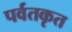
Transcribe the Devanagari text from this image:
पर्वतकृत